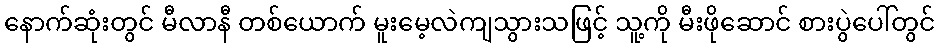
နောက်ဆုံးတွင် မီလာနီ တစ်ယောက် မူးမေ့လဲကျသွားသဖြင့် သူ့ကို မီးဖိုဆောင် စားပွဲပေါ်တွင်